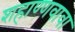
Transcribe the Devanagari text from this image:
शहाण्णवावा